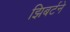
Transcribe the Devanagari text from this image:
झिबर्टने